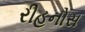
રીહનોસ